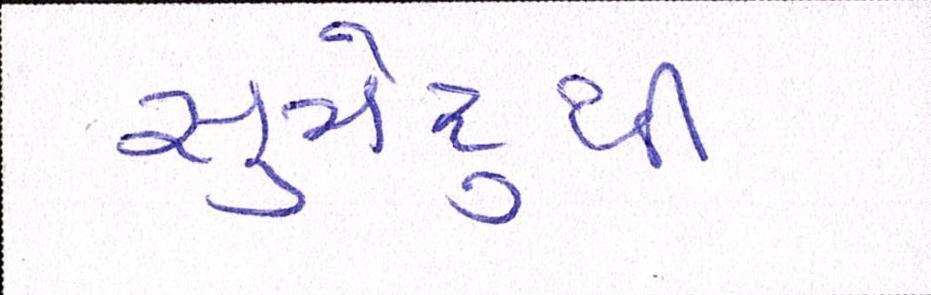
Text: સુમેરૂથી